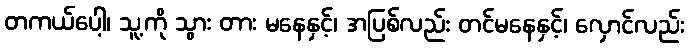
တကယ်ပေါ့၊ သူ့ကို သွား တား မနေနှင့်၊ အပြစ်လည်း တင်မနေနှင့်၊ လှောင်လည်း